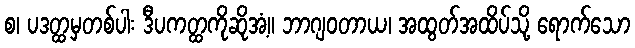
စ၊ ပဒတ္ထမှတစ်ပါး ဒီပကတ္ထကိုဆိုအံ့။ ဘာဂျဝတာယ၊ အထွတ်အထိပ်သို့ ရောက်သော